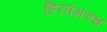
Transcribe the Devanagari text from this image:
हिरवंगच्च